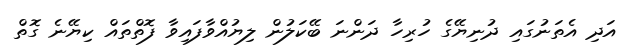
އަދި އެތަނުގައި ދުނިޔޭގެ ހުރިހާ ދަންނަ ބޭކަލުން ލިޔުއްވާފައިވާ ފޮތްތައް ކިޔޭނެ ގޮތް